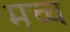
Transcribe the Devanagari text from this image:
मच्च